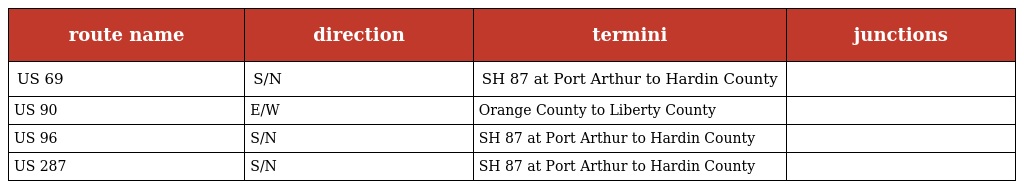
| route name | direction | termini | junctions |
 | --- | --- | --- | --- |
 | US 69 | S/N | SH 87 at Port Arthur to Hardin County |  |
 | US 90 | E/W | Orange County to Liberty County |  |
 | US 96 | S/N | SH 87 at Port Arthur to Hardin County |  |
 | US 287 | S/N | SH 87 at Port Arthur to Hardin County |  |